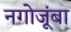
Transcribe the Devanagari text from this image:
नगोजूंबा